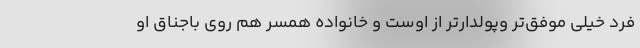
فرد خیلی موفق‌تر وپولدارتر از اوست و خانواده همسر هم روی باجناق او